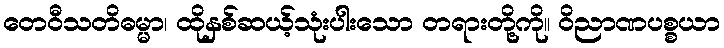
တေဝီသတိဓမ္မာ၊ ထိုနှစ်ဆယ့်သုံးပါးသော တရားတို့ကို။ ဝိညာဏပစ္စယာ